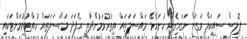
ޕޮލިސް ސައިކަލް ވަގަށް ނަގައިގެން ހުށަހެޅޭ މައްސަލަތައް އިތުރުވަމުންދާތީ އެފަދަ މައްސަލަތައް ހުއްޓުވުމަށްޓަކައި